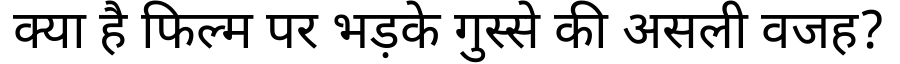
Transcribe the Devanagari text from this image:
क्या है फिल्म पर भड़के गुस्से की असली वजह?